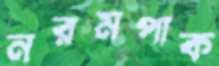
নরমপাক